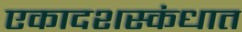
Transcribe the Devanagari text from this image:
एकादशस्‍कंधात